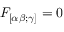
F _ { [ \alpha \beta ; \gamma ] } = 0